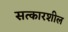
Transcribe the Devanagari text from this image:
सत्कारशील